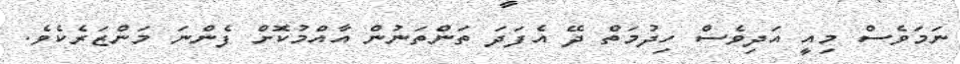
ނަމަވެސް މިއީ އަދިވެސް ހިދުމަތް ދޭ އެފަދަ ތަންތަނުން އާއްމުކޮށް ފެންނަ މަންޒަރެކެވެ.